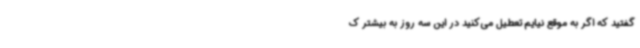
گفتید که اگر به موقع نیایم تعطیل می‌کنید در این سه روز به بیشتر ک